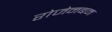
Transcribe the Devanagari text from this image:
रोजेनबम